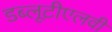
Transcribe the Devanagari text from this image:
डब्लूटीएलवी